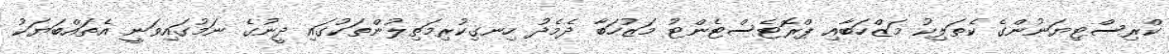
ކްރިސްޓިޔަނުންގެ ކެތަލިކު މަޒްހަބާއި ޕްރޮޓެސްޓެންޓު މަޒުހަބާ ދެމެދު ހިނގިކުރިމަތިލުންތަކުގައި ދީނުގެ ނަމުގައިވަނީ އެތައްބަޔަކު